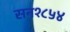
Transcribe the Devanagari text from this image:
सन१८५४